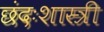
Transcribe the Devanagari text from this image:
छंदःशास्त्री